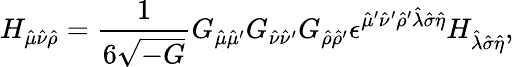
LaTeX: H_{\hat{\mu}\hat{\nu}\hat{\rho}}={\frac{1}{6\sqrt{-G}}}G_{\hat{\mu}\hat{\mu}^{\prime}}G_{\hat{\nu}\hat{\nu}^{\prime}}G_{\hat{\rho}\hat{\rho}^{\prime}}\epsilon^{\hat{\mu}^{\prime}\hat{\nu}^{\prime}\hat{\rho}^{\prime}\hat{\lambda}\hat{\sigma}\hat{\eta}}H_{\hat{\lambda}\hat{\sigma}\hat{\eta}},